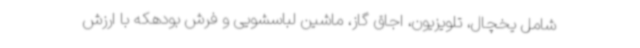
شامل یخچال، تلویزیون، اجاق گاز، ماشین لباسشویی و فرش بودهکه با ارزش